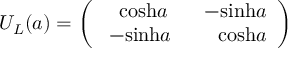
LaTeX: U _ { L } ( a ) = \left( \begin{array} { c c } { { \ \ \mathrm { c o s h } a } } & { { \ \ - \mathrm { s i n h } a } } \\ { { \ - \mathrm { s i n h } a } } & { { \ \ \ \ \mathrm { c o s h } a } } \end{array} \right)